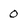
Character: o